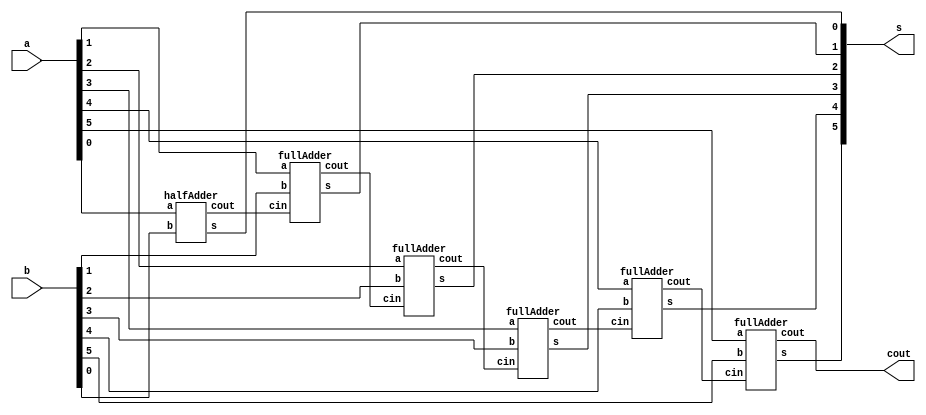

// ------------------------- 
// Exemplo0031 - FULL ADDER AND SUBSTRACTOR 
// Nome: Thaise Souto Martins
// ------------------------- 
// ------------------------- 
// full adder & subtractor
// ------------------------- 


module Exercicio01(cout, s, a, b);
//-----definir dados
	output[5:0] s;
	output cout;
	input[5:0] a, b;
	wire fio1, fio2, fio3,fio4,fio5;

	halfAdder HALFADDER1(fio1, s[0], a[0], b[0]);
	fullAdder FULLADDER1(fio2, s[1], fio1, a[1], b[1]);
	fullAdder FULLADDER2(fio3, s[2], fio2, a[2], b[2]);
	fullAdder FULLADDER3(fio4, s[3], fio3, a[3], b[3]);
	fullAdder FULLADDER4(fio5, s[4], fio4, a[4], b[4]);
	fullAdder FULLADDER5(cout, s[5], fio5, a[5], b[5]);
	
endmodule// fim exercicio01

module fullAdder(cout, s, cin, a, b);
	output cout, s;
	input cin, a, b;
	wire fio1, fio2, fio3;
	halfAdder HALFADDER1(fio2, fio1, a, b);
	halfAdder HALFADDER2(fio3, s, fio1, cin);
	or OR1(cout, fio3, fio2);
endmodule // fim full adder

module halfAdder(cout, s, a, b);
	output cout, s;
	input a, b;
	xor XOR1(s, a, b);
	and AND1(cout, a, b);
endmodule //fim half adder 

module testeExercicio01;
	reg[5:0] a, b;
	wire[5:0] s;
	wire cout;
	
	Exercicio01 FULL(cout, s, a, b);
	
	initial begin
	
	a=101101;
	b=010010;
	
	$display("Exercicio 02 - Thaise Souto - 395504");
	$display("Verificar de resultado da operacao = 0");
	
	begin
	 	
	if(s == 000000)
	$display("= 0? sim");
	else
	$display("= 0? nao");
	end
	
	a=000000;
	b=000000;
	
	begin
	 	
	if(a == 0 && b == 0)
	$display("= 0? sim");
	else
	$display("= 0? nao");
	end


	end
	endmodule//---- fim exercicio01